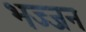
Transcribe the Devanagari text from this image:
भज्जन